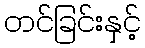
တင်ခြင်းနှင့်